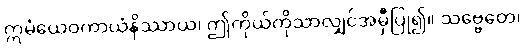
ဣမံယေဝကာယံနိဿာယ၊ ဤကိုယ်ကိုသာလျှင်အမှီပြု၍။ သဗ္ဗေတေ၊